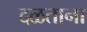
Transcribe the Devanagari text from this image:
दळताना